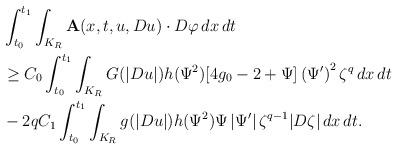
LaTeX: \begin{align*} &\int_{t_0}^{t_1}\int_{K_{R}} \textbf{A}(x,t,u,Du)\cdot D\varphi \,dx \,dt \\ &\geq C_0 \int_{t_0}^{t_1}\int_{K_{R}} G(|Du|)h(\Psi^2)[4g_0 - 2 + \Psi] \left(\Psi'\right)^2 \zeta^{q} \,dx \,dt \\ &- 2q C_1 \int_{t_0}^{t_1}\int_{K_{R}} g(|Du|) h(\Psi^2)\Psi \left|\Psi'\right| \zeta^{q-1} |D\zeta| \,dx \,dt. \end{align*}